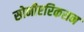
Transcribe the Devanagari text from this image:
सोनीएरिकसन